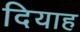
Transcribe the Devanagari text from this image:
दियाह